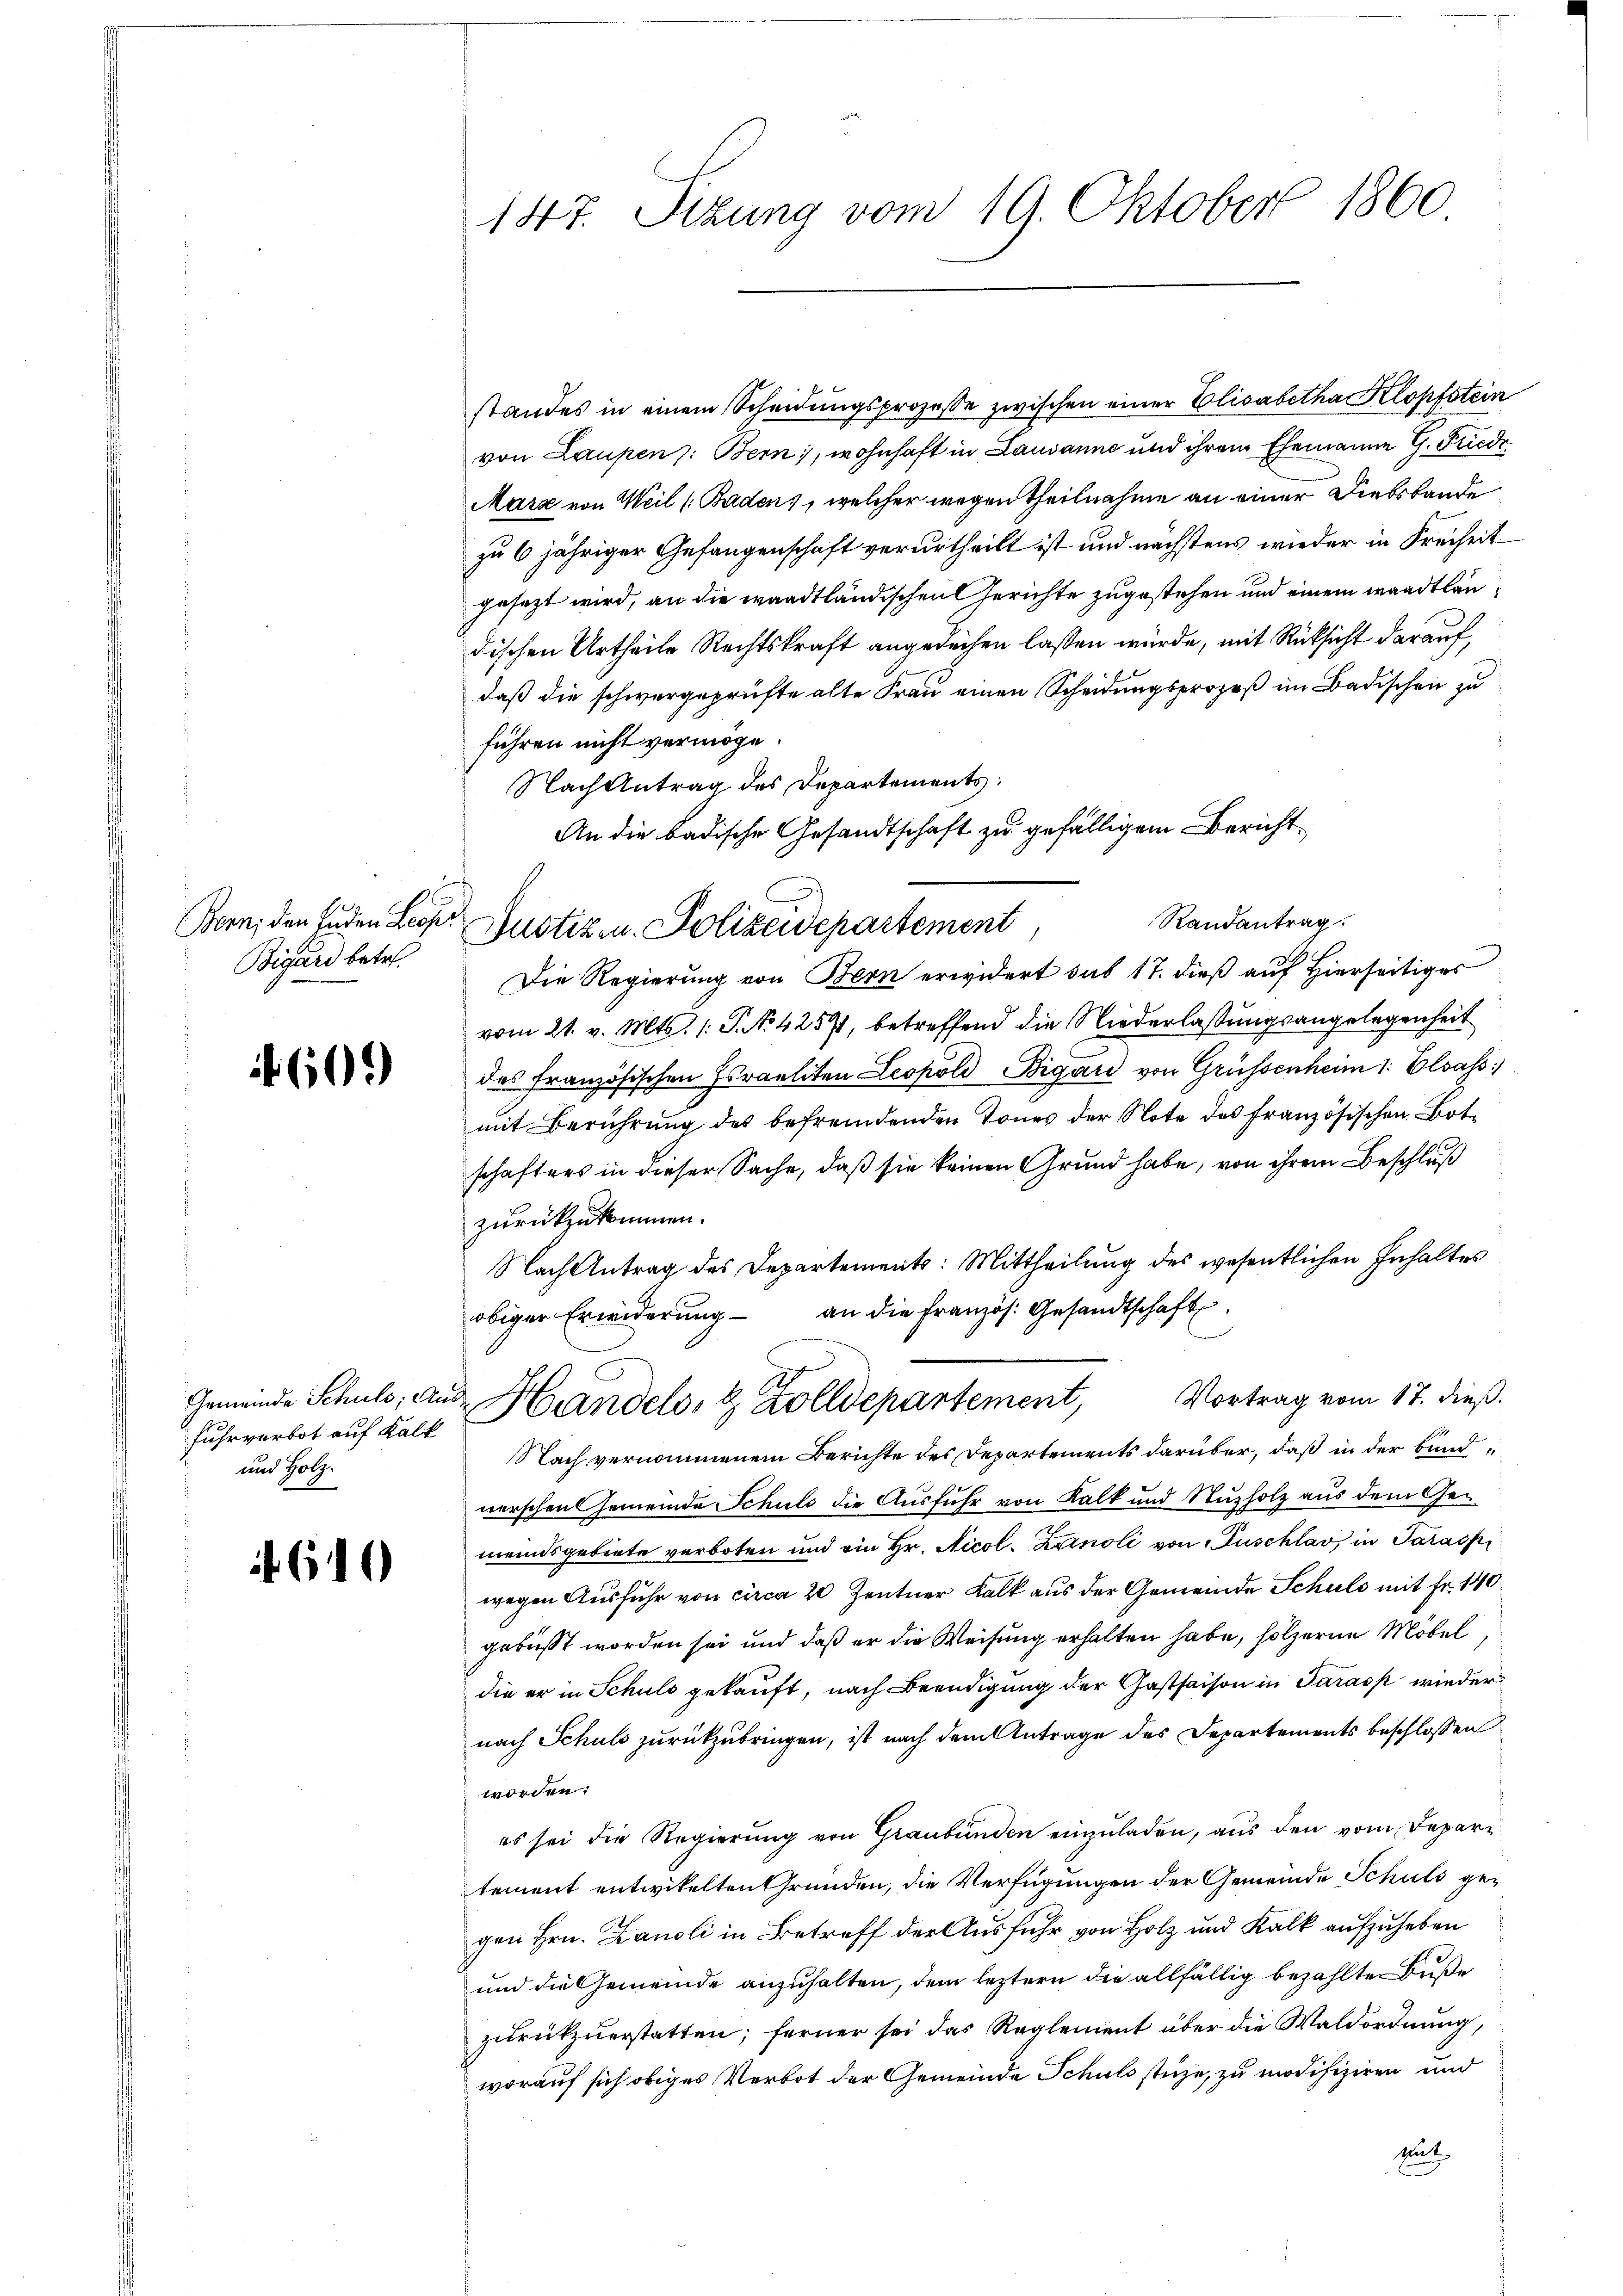
1
Bern, den Enden Leop
Bigard betr.

60.)

Gemeinde Schuls; Au
Fuhrverbot auf Kalk
und Holz.

610

standes in einem Scheidungsprozesse zwischen einer Elisabetha Klopfstein
von Laupen: Bern, wohnhaft in Lausanne und ihrem Ehemanne G. Friede
Marz von Weil (Baden, welcher wegen Theilnahme an einer Diebsbande
zu 6 jähriger Gefangenschaft verurtheilt ist und nächstens wieder in Freiheit
gesezt wird, an die waadtländischen Gerichte zugestehen und einem waadtländischen Urtheile Rechtskraft angerechen lassen würde, mit Rücksicht darauf,
daß die schwurgeprüfte alte Frau einen Scheidungsprozeß im Badischen zu
führen nicht vermöge.
Nach Antrag des Departements.
An die badische Gesandtschaft zu gefälligem Bericht¬

147. Sitzung vom 19. Oktober 1860

Randantrag.
Justizen. Polizeidepartement

d. Handels- & Zolldepartement, Vortrag vom 17. dieß.

Die Regierung von Bern erwidert sub 17. dieß auf Hierseitiges
vom 21. v. Mts. (T. No 4257, betreffend die Niederlaßungsangelegenheit
das französischen Israeliten Leopold Bigari von Grüssenheim 1. Elsass.)
mit Berührung des befremdenden Tones der Note des französischen Botschafters in dieser Sache, daß sie keinen Grund habe; von ihrem Beschluß
zurückzukommen.
Nach Antrag des Departements: Mittheilung des wesentlichen Inhaltes
obiger Erwiderung an die Französ. Gesandtschaft
Nach vernommenem Berichte des Departements darüber, daß in der bundverschen Gemeinde Schuld die Ausfuhr von Kalk und Nuzholz aus dem Gemeindsgebiete verboten und ein Hr. Nicol. Luinoli von Buschlav in Sarasp
wegen Ausführ von circa 20 Zentner Kalk aus der Gemeinde Schuls mit Fr. 140
gebüßt worden sei und daß er die Weisung erhalten habe, hölzerne Möbel
die er in Schuld gekauft, nach Beendigung der Gastsaison in Parass wieder
nach Schuls zurückzubringen, ist nach dem Antrage des Departements beschlossen
worden:
es sei die Regierŭng von Graubünden einzŭladen, aus den vom Deparr
tement entwikelten Gründen, die Verfügungen der Gemeinde Schuld gegen Hrn. Lanoli in Betreff der Ausfuhr von Holz und Kalk aufzuheben
und die Gemeinde anzuhalten, dem leztern die allfällig bezahlten Buße
zŭrückzuerstatten; ferner sei das Reglement über die Waldordnung,
worauf sich obiges Verbot der Gemeinde Schuld stüze, zu modifiziren und
Mit
C